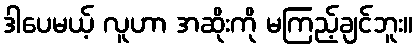
ဒါပေမယ့် လူဟာ အဆိုးကို မကြည့်ချင်ဘူး။